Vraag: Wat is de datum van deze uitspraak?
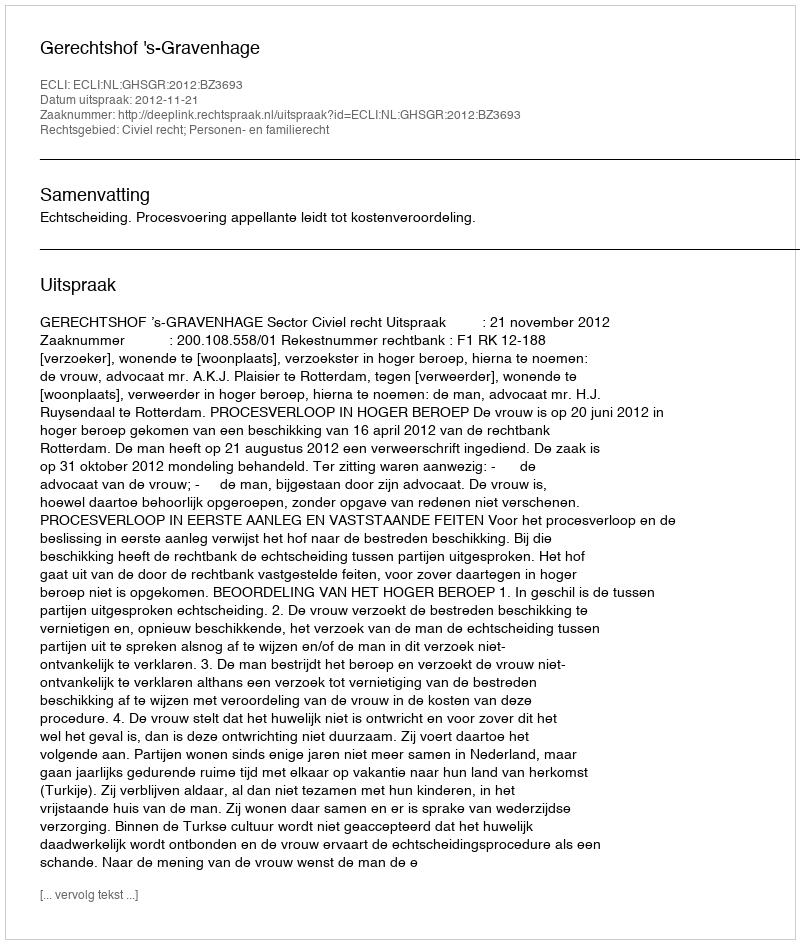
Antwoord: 2012-11-21